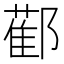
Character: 𨞂